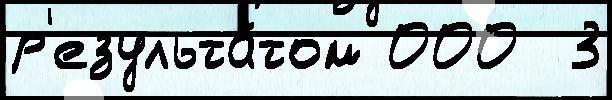
р'езульта́том 000  3